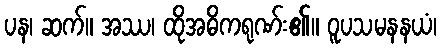
ပန၊ ဆက်။ အဿ၊ ထိုအဓိကရုဏ်း၏။ ဝူပသမနနယံ၊